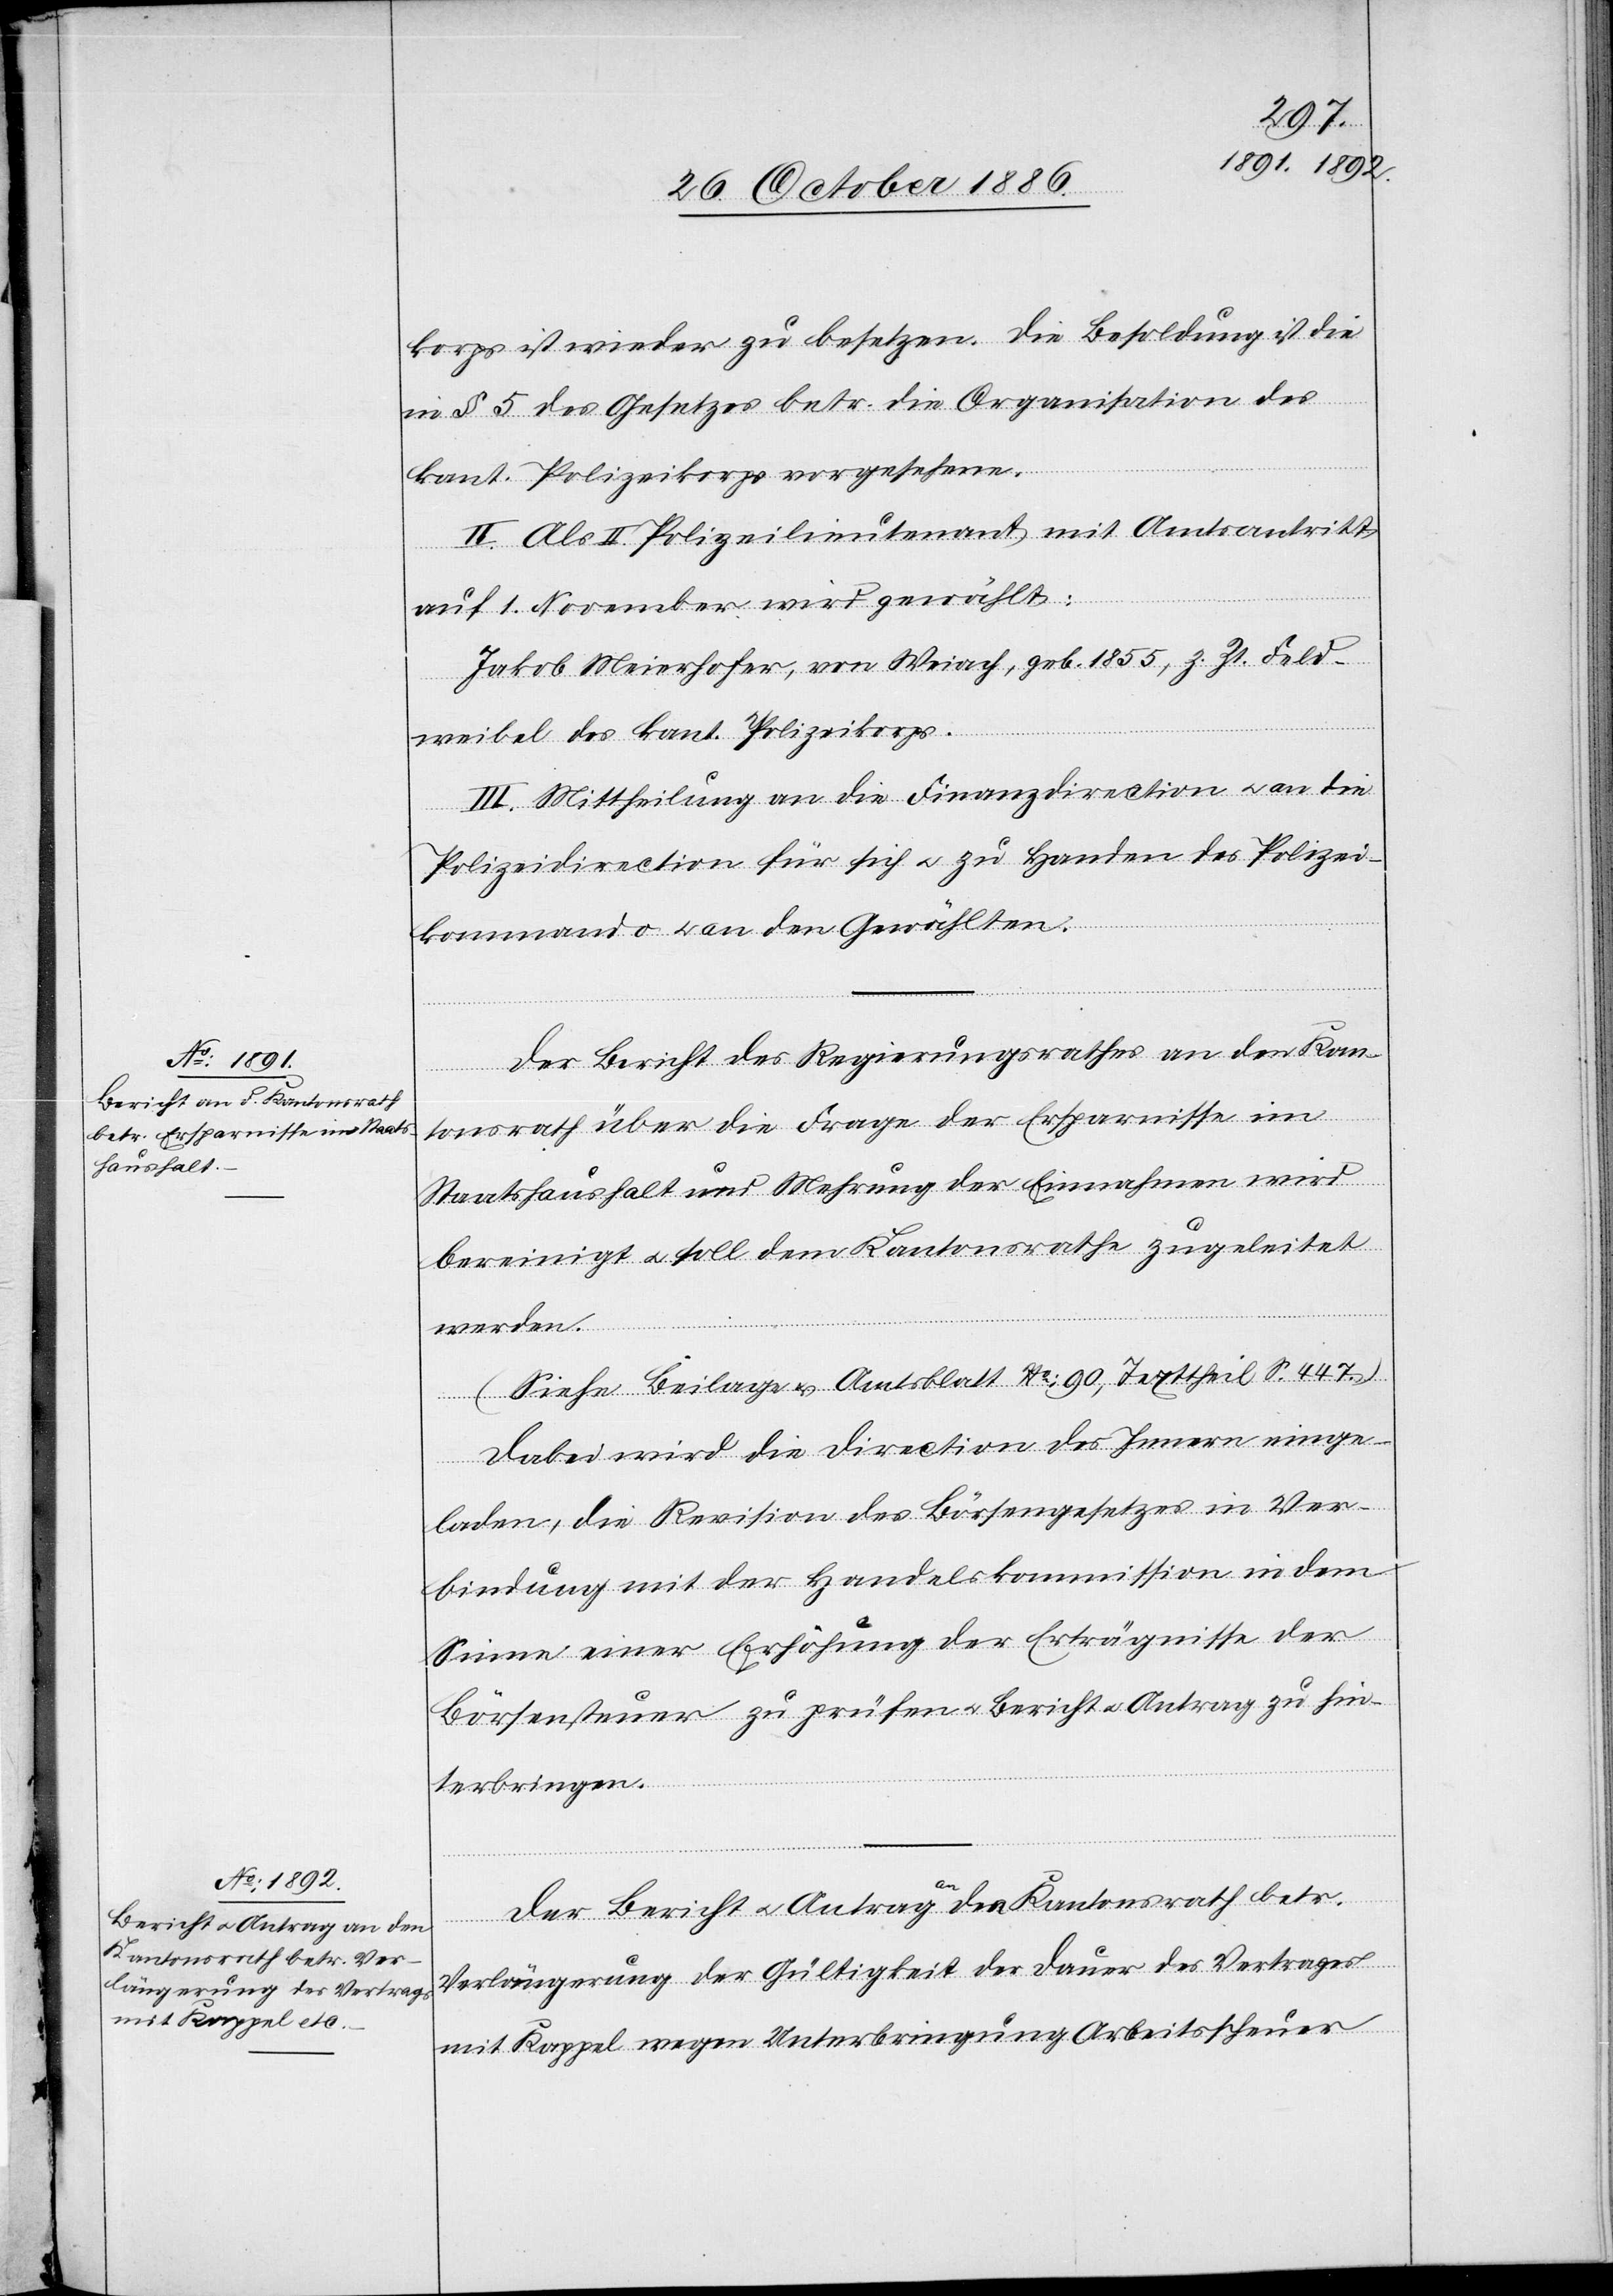
Bericht & Antrag an den
Kantonsrath betr. Ver¬

korps ist wieder zu besetzen. Die Besoldung ist die
in § 5 des Gesetzes betr. die Organisation des
kant. Polizeikorps vorgesehene.
II. Als II. Polizeilieutenant mit Amtsantritt
auf 1. November wird gewählt:
Jakob Meierhofer, von Weiach, geb. 1855, z. Zt. Feld¬
weibel des kant. Polizeikorps.
III. Mittheilung an die Finanzdirection & an die
Polizeidirection für sich & zu Handen des Polizei¬
kommando & an den Gewählten.
Der Bericht des Regierungsrathes an den Kan¬
tonsrath über die Frage der Ersparnisse im
Staatshaushalt und Mehrung der Einnahmen wird
bereinigt & soll dem Kantonsrathe zugeleitet
werden.
(Siehe Beilage & Amtsblatt No: 90, Texttheil S. 447.)
Dabei wird die Direction des Innern einge¬
laden, die Revision des Börsengesetzes in Ver¬
bindung mit der Handelskommission in dem
Sinne einer Erhöhung der Erträgnisse der
Börsensteuer zu prüfen & Bericht & Antrag zu hin¬
terbringen.
Der
längerung der Gültigkeit der Dauer des Vertrages
mit Kappel wegen Unterbringung Arbeitsscheuer